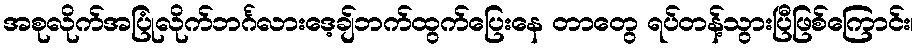
အစုလိုက်အပြုံလိုက်ဘင်္ဂလားဒေ့ချ်ဘက်ထွက်ပြေးနေ တာတွေ ရပ်တန့်သွားပြီဖြစ်ကြောင်း၊